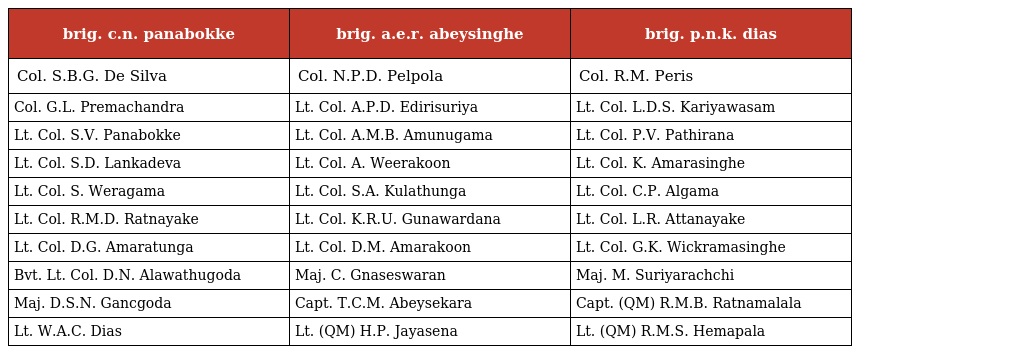
| brig. c.n. panabokke | brig. a.e.r. abeysinghe | brig. p.n.k. dias |
 | --- | --- | --- |
 | Col. S.B.G. De Silva | Col. N.P.D. Pelpola | Col. R.M. Peris |
 | Col. G.L. Premachandra | Lt. Col. A.P.D. Edirisuriya | Lt. Col. L.D.S. Kariyawasam |
 | Lt. Col. S.V. Panabokke | Lt. Col. A.M.B. Amunugama | Lt. Col. P.V. Pathirana |
 | Lt. Col. S.D. Lankadeva | Lt. Col. A. Weerakoon | Lt. Col. K. Amarasinghe |
 | Lt. Col. S. Weragama | Lt. Col. S.A. Kulathunga | Lt. Col. C.P. Algama |
 | Lt. Col. R.M.D. Ratnayake | Lt. Col. K.R.U. Gunawardana | Lt. Col. L.R. Attanayake |
 | Lt. Col. D.G. Amaratunga | Lt. Col. D.M. Amarakoon | Lt. Col. G.K. Wickramasinghe |
 | Bvt. Lt. Col. D.N. Alawathugoda | Maj. C. Gnaseswaran | Maj. M. Suriyarachchi |
 | Maj. D.S.N. Gancgoda | Capt. T.C.M. Abeysekara | Capt. (QM) R.M.B. Ratnamalala |
 | Lt. W.A.C. Dias | Lt. (QM) H.P. Jayasena | Lt. (QM) R.M.S. Hemapala |